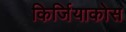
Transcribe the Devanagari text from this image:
किर्जियाकोस